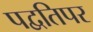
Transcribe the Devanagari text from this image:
पद्वतिपर